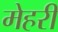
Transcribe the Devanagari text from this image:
मेहरी